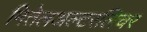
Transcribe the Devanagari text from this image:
मितेलअल्टरलिचर